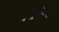
તરી